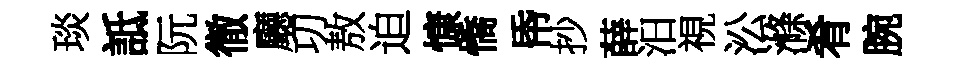
琰詆阮徹廳㓛敖迫慷憍帋抄薛汨視㳂滌肴腕